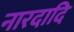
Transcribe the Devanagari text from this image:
नारदादि